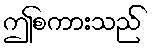
ဤစကားသည်